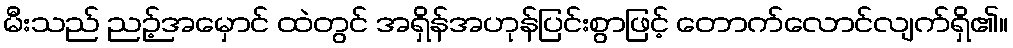
မီးသည် ညဉ့်အမှောင် ထဲတွင် အရှိန်အဟုန်ပြင်းစွာဖြင့် တောက်လောင်လျက်ရှိ၏။